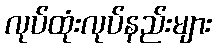
လုပ်ထုံးလုပ်နည်းများ